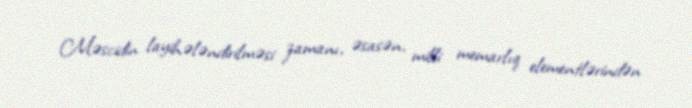
Məscidin layihələndirilməsi zamanı, əsasən, milli memarlıq elementlərindən